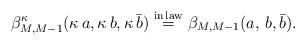
LaTeX: \begin{align*}\beta^{\kappa}_{M, M-1}(\kappa\,a, \kappa\,b, \kappa\,\bar{b}) \overset{{\rm in \,law}}{=}\beta_{M, M-1}(a,\,b, \bar{b}).\end{align*}